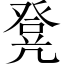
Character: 凳